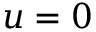
u = 0